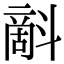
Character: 𣂉